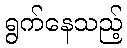
ရွက်နေသည့်